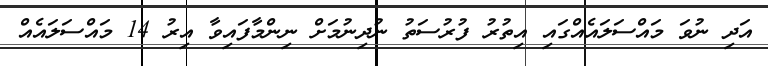
އަދި ނުވަ މައްސަލައެއްގައި އިތުރު ފުރުސަތު ނުދިނުމަށް ނިންމާފައިވާ އިރު 14 މައްސަލައެއް